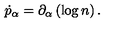
\dot { p } _ { \alpha } = \partial _ { \alpha } \left( \log n \right) .